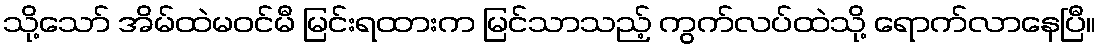
သို့သော် အိမ်ထဲမဝင်မီ မြင်းရထားက မြင်သာသည့် ကွက်လပ်ထဲသို့ ရောက်လာနေပြီ။